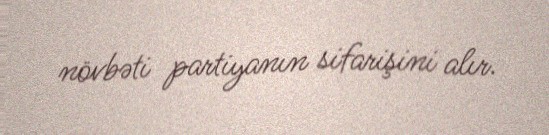
növbəti partiyanın sifarişini alır.